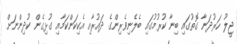
ޖީލު ހަރުދަނާ ގޮތުގައި ބިނާ ކުރުމުގައި ބެލެނިވެރިންގެ ދައުރާއި އެކިކަންކަމާއި ގުޅިގެން ކުދިންނަށް